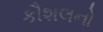
કૌશલનો